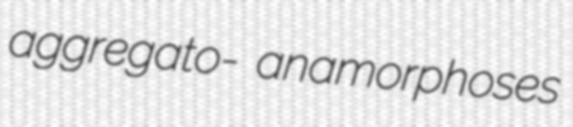
aggregato- anamorphoses